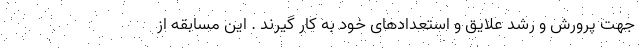
جهت پرورش و رشد علایق و استعدادهای خود به کار گیرند . این مسابقه از